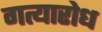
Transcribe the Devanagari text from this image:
गत्यारोध